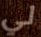
لي